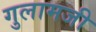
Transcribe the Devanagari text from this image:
गुलामजी